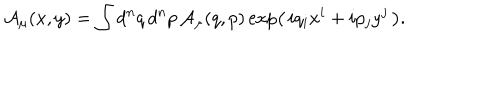
{ \mathcal { A } } _ { \mu } ( x , y ) = \int d ^ { n } q \, d ^ { n } p \, { \mathcal { A } } _ { \mu } ( q , p ) \exp \left( \, i q _ { i } x ^ { i } + i p _ { j } y ^ { j } \, \right) .